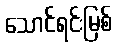
သောင်ရင်းမြစ်